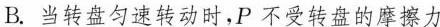
B.当转盘匀速转动时，P不受转盘的摩擦力